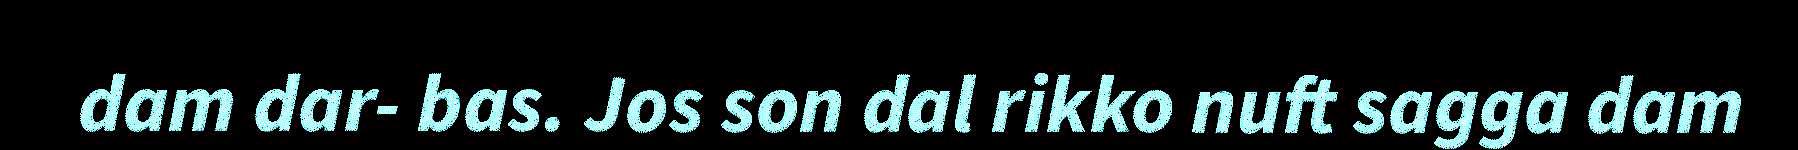
dam dar- bas. Jos son dal rikko nuft sagga dam